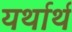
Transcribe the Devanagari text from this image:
यर्थार्थ